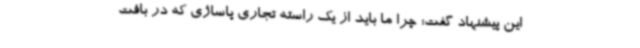
این پیشنهاد گفت: چرا ما باید از یک راسته تجاری پاساژی که در بافت